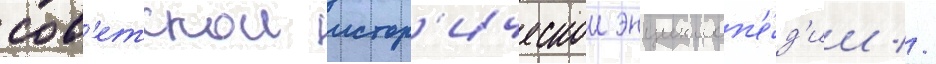
сов'етскои истор'ическои энциклоп'е́д'ии //